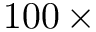
1 0 0 \, \times